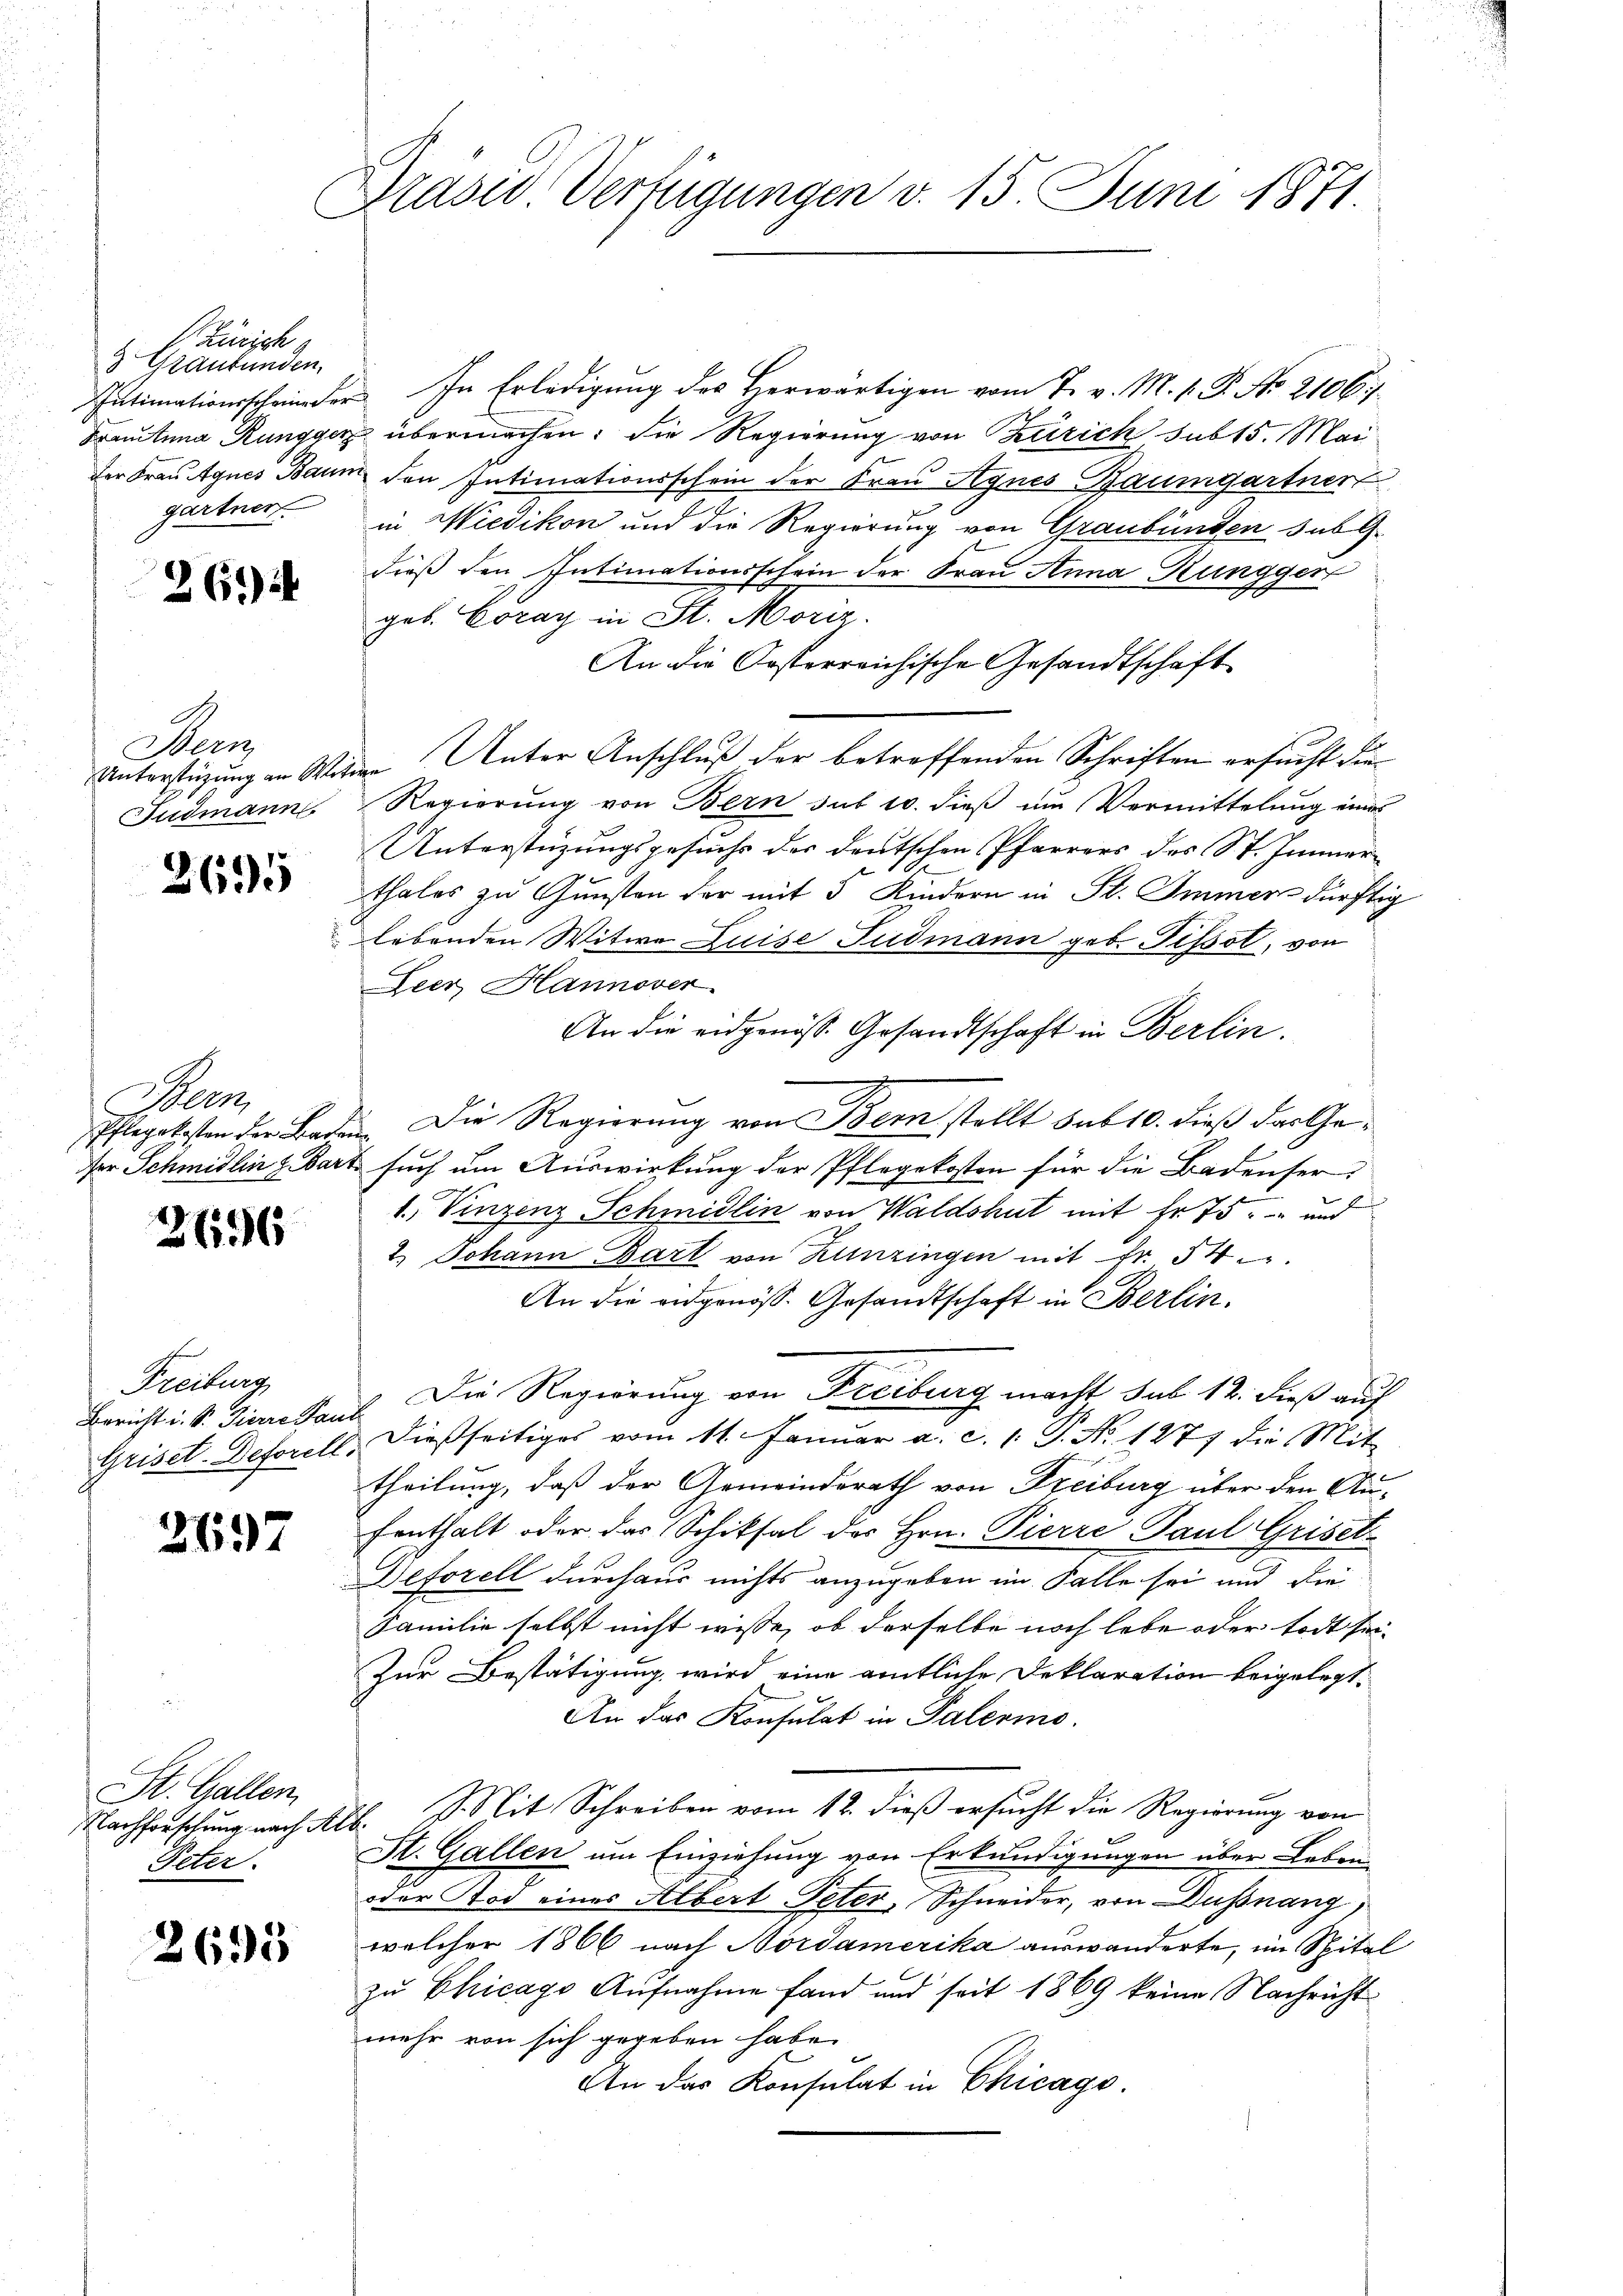
Zürich g
3 Graubünden,
Intimationsscheine de
Santina Rungger
der Frau Agnes Bann
gartner

26)

Nees
Unterstüzung an Wir
Fudmann

2695

er
Pflegekosten der Baden
fer Schmidlin z. Bart

3696

Freiburg
Bericht i. S. Tierre Sam
Griset-Deforell.

2697

St. Gallen,
Nachforschung nach A
Peter.

2695

Präsid Verfügungen v. 15. Juni 1871.

In Erledigung des Herwärtigen vom 7. v. M. v. P. No. 2106 f.
übermachen; die Regierung von Zürich sub 15. Mai
den Intimationsschein der Frau Agnes Baumgartner
in Wiedikon und die Regierung von Graubünden sub G.
dieß den Intimationsschein der Frau Anna Rungger
geb. Coray in St. Moriz
An die Kosterreichische Gesandtschaft
Unter Anschluß der betreffenden Schriften ersucht die
Regierung von Bern sub 10. dieß um Vermittelung eines
Unterstüzungsgesuchs der deutschen Pfarrers des St. Immer
thales zu Gunsten der mit 5 Kindern in St. Immer dürftig
lebenden Witwe Luise Fudmann geb. Pissot, von
Leer Hannover
An die eidgenöss. Gesandtschaft in Berlin.
 Die Regierung von Bern stellt sub 10. dieß das Gesuch um Auswirkung der Pflegekosten für die Badenser
1. Vinzenz Schmidlin von Waldshut mit Fr. 75. und
2.) Johann Bart von Hunzingen mit Fr. 54
An die eidgenöss. Gesandtschaft in Berlin.
Die Regierung von Freiburg macht sub 12. dieß auf
dießseitiges vom 11. Januar a. c. 1. P. Nr. 1277 die Mit
theilung, daß der Gemeinderath von Freiburg über den Aufenthalt oder das Schiksal des Hrn. Pierre Paul Grisetz
Beforell durchaus nichts anzugeben im Falle sei und die
Familie selbst nicht wisse, ob derselbe noch lebe oder todt sei-
Zur Bestätigung, wird eine amtliche Deklaration beigelegt.
An das Konsulat in Palermo¬
2. Mit Schreiben vom 12. dieß ersucht die Regierung von
St. Gallen um Einziehung von Erkundigungen über Leben-
oder Tod eines Albert Peter, Schneider, von Dußnang
welcher 1866 nach Nordamerika auswanderte, im Spital
zu Chicago Aufnahme fand und seit 1869 keine Nachricht
mehr von sich gegeben habe.
An das Konsulat in Chicago